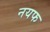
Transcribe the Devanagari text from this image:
नयफ